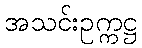
အသင်းဥက္ကဋ္ဌ